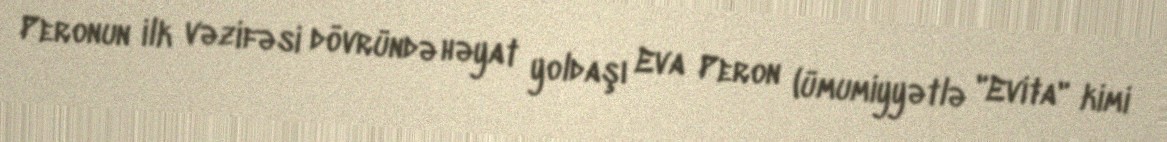
Peronun ilk vəzifəsi dövründə həyat yoldaşı Eva Peron (ümumiyyətlə "Evita" kimi